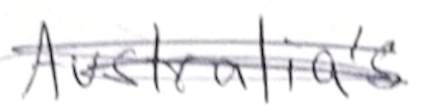
Text: Australian's
Cross-out: scratch
Writing tool: pencil